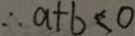
\therefore a + b < 0